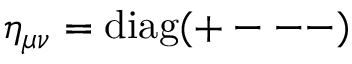
\eta _ { \mu \nu } = \mathrm { { d i a g } } ( + --- )